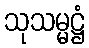
သုသမ္မဋ္ဌံ